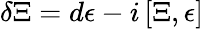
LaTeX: \delta\Xi=d\epsilon-i\, [\Xi,\epsilon]